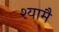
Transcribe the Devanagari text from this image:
श्यामै